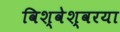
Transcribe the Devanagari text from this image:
विश्वेश्वरया